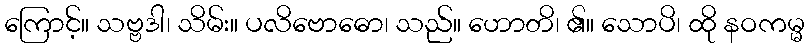
ကြောင့်။ သဗ္ဗဒါ၊ သိမ်း။ ပလိဗောဓော၊ သည်။ ဟောတိ၊ ၏။ သောပိ၊ ထို နဝကမ္မ